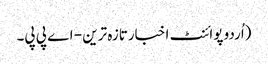
(اُردو پوائنٹ اخبارتازہ ترین - اے پی پی۔